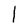
Character: l